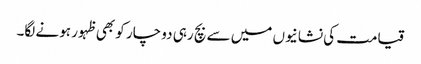
قیامت کی نشانیوں میں سے بچ رہی دو چار کو بھی ظہور ہونے لگا۔